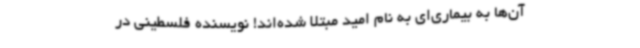
آن‌ها به بیماری‌ای به نام امید مبتلا شده‌اند! نویسنده فلسطینی در